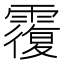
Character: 䨱